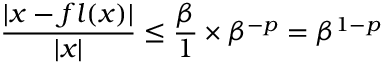
{ \frac { | x - f l ( x ) | } { | x | } } \leq { \frac { \beta } { 1 } } \times \beta ^ { - p } = \beta ^ { 1 - p }